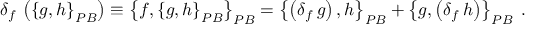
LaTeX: \delta _ { f } \, \left( \left\{ g , h \right\} _ { { \footnotesize P B } } \right) \equiv \left\{ f , \left\{ g , h \right\} _ { { \footnotesize P B } } \right\} _ { { \footnotesize P B } } = \left\{ \left( \delta _ { f } \, g \right) , h \right\} _ { { \footnotesize P B } } + \left\{ g , \left( \delta _ { f } \, h \right) \right\} _ { { \footnotesize P B } } \; .